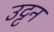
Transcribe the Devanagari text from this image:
उट्टन